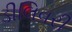
ડીલિવરી